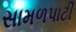
સામળપાટી